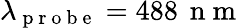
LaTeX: \lambda_{\mathrm{~p~r~o~b~e~}}=488\, \mathrm{~n~m~}